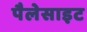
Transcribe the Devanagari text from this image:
पैलेसाइट